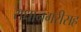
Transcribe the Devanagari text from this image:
राधानगरीसह